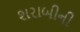
શરાબીની